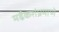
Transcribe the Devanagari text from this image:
मर्ढेकरांप्रमाणे